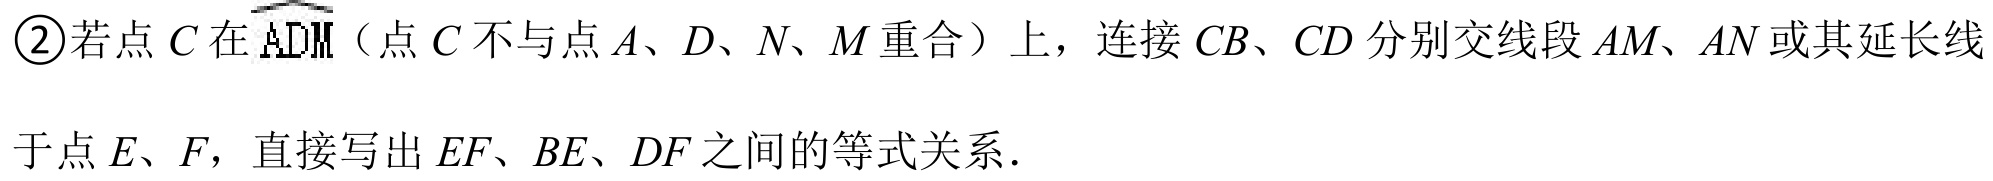
\textcircled{2}若点$C$在$\overset{\frown}{ADM}$（点$C$不与点$A、D、N、M$重合）上，连接$CB、CD$分别交线段$AM、AN$或其延长线
于点$E、F$，直接写出$EF、BE、DF$之间的等式关系．